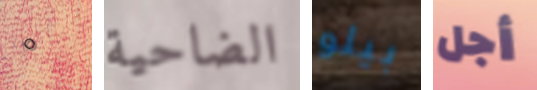
0 الضاحية بيلو أجل